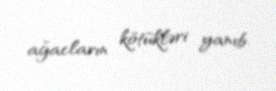
ağacların kötükləri yanıb.